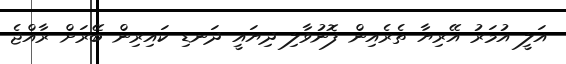
އަލީ އުމަރު އޭރިޔާ ތެރެއިން ފޮނުވާލި ދިޔައީ ދަނޑި ކައިރިން ބޭރަށް ރާއްޖެ